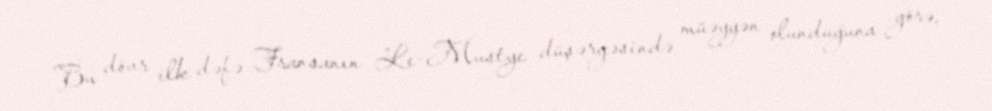
Bu dövr ilk dəfə Fransanın Le-Mustye düşərgəsində müəyyən olunduğuna görə,